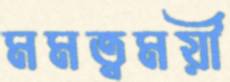
মমত্বময়ী